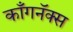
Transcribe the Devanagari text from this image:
काँगनॅक्स